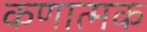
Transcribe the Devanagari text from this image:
कणात्मक